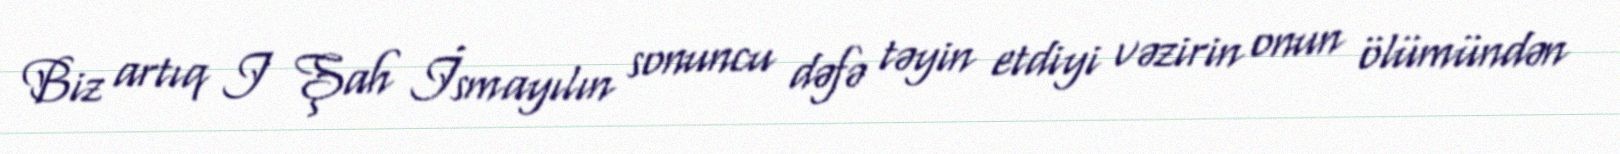
Biz artıq I Şah İsmayılın sonuncu dəfə təyin etdiyi vəzirin onun ölümündən